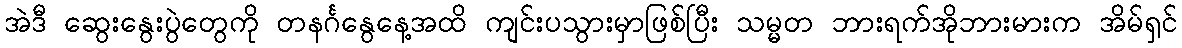
အဲဒီ ဆွေးနွေးပွဲတွေကို တနင်္ဂနွေနေ့အထိ ကျင်းပသွားမှာဖြစ်ပြီး သမ္မတ ဘားရက်အိုဘားမားက အိမ်ရှင်